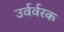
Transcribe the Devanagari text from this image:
उर्वर्वरक